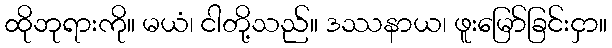
ထိုဘုရားကို။ မယံ၊ ငါတို့သည်။ ဒဿနာယ၊ ဖူးမြော်ခြင်းငှာ။